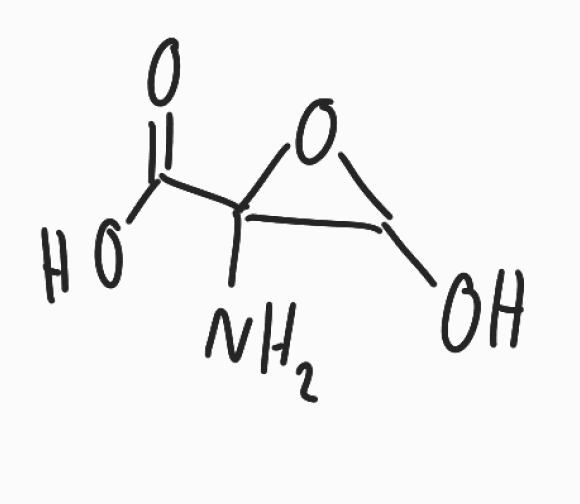
Simplified molecular-input line-entry system (SMILES) notation of the given molecule:
C1(C(O1)(C(=O)O)N)O